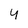
Character: 4